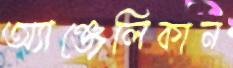
অ্যাঞ্জেলিকান